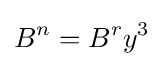
B^{n}=B^{r}y^{3}